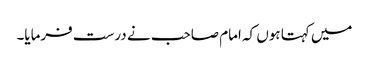
میں کہتا ہوں کہ امام صاحب نے درست فرمایا۔